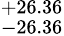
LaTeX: ^{+26.36}_{-26.36}